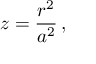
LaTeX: z = \frac { r ^ { 2 } } { a ^ { 2 } } \, ,